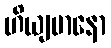
ဟိယျမာနော